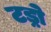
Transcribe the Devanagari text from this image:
टड्रो